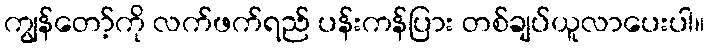
ကျွန်တော့်ကို လက်ဖက်ရည် ပန်းကန်ပြား တစ်ချပ်ယူလာပေးပါ။